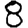
Digit: 8